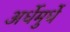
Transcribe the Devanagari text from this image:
अर्धेमुर्धे